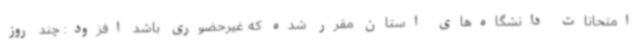
امتحانات دانشگاه‌های استان مقرر شده که غیرحضوری باشد افزود: چند روز